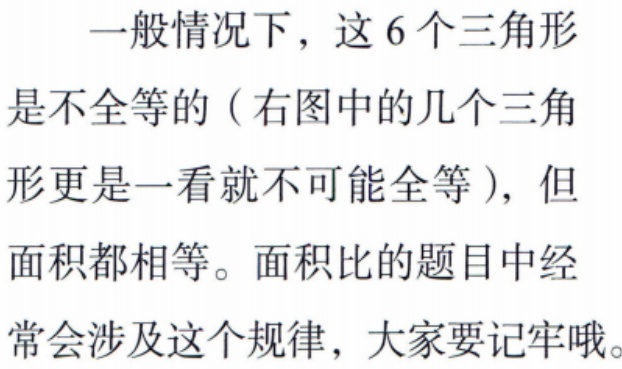
一般情况下，这6个三角形
是不全等的（右图中的几个三角
形更是一看就不可能全等），但
面积都相等。面积比的题目中经
常会涉及这个规律，大家要记牢哦。